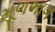
મૂળભાગ